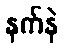
နက်နဲ